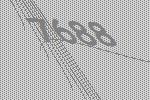
7688